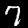
Label: 7